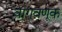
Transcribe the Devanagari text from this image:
वागवणूक